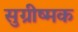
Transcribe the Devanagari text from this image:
सुग्रीष्मक